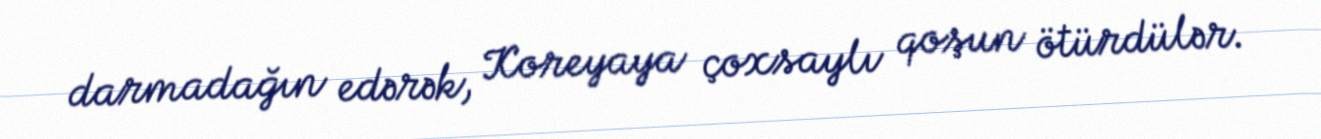
darmadağın edərək, Koreyaya çoxsaylı qoşun ötürdülər.